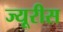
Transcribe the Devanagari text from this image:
ज्यूरीस